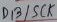
Text: D13/SCK